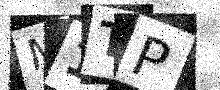
Text: M1TP